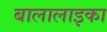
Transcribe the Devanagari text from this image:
बालालाइका